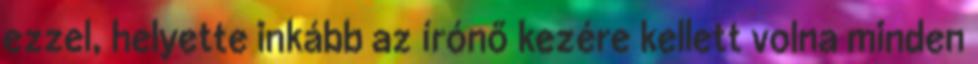
ezzel, helyette inkább az írónő kezére kellett volna minden